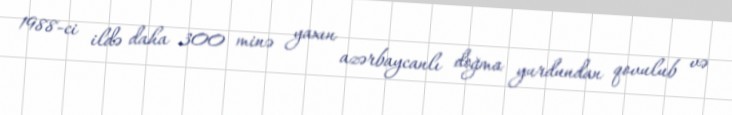
1988-ci ildə daha 300 minə yaxın azərbaycanlı doğma yurdundan qovulub və